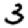
Digit: 3